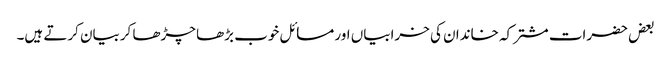
بعض حضرات مشترکہ خاندان کی خرابیاں اور مسائل خوب بڑھا چڑھا کربیان کرتے ہیں۔